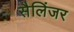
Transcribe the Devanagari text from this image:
सैलिंजर